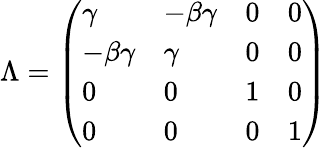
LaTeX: \Lambda={\left(\begin{array}{llll}{\gamma}&{-\beta\gamma}&{0}&{0}\\ {-\beta\gamma}&{\gamma}&{0}&{0}\\ {0}&{0}&{1}&{0}\\ {0}&{0}&{0}&{1}\end{array}\right)}